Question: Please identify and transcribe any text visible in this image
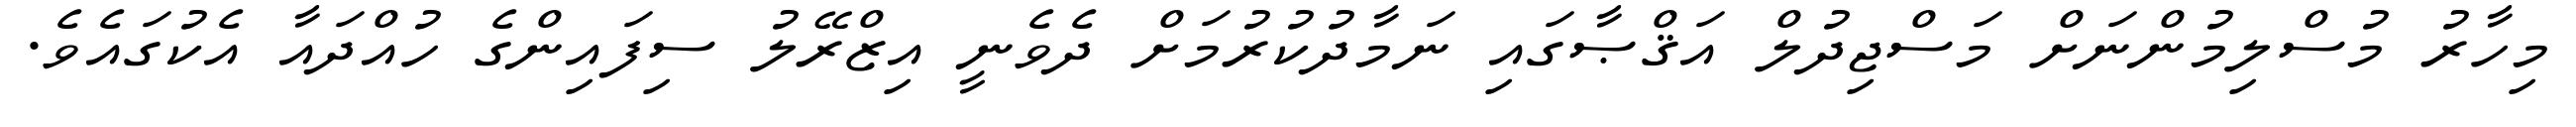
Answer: މިހާރު މުސްލިމުންނަށް މަސްޖިދުލް އަޤްޞާގައި ނަމާދުކުރުމަށް ދެވެނީ އިޒްރޭލު ސިފައިންގެ ހުއްދައާ އެކުގައެވެ.